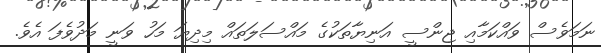
ނަމަވެސް ވައްކަމާއި ޖިންސީ އަނިޔާތަކުގެ މައްސަލަތައް މިދިޔަ މަހު ވަނީ މަދުވެފަ އެވެ.